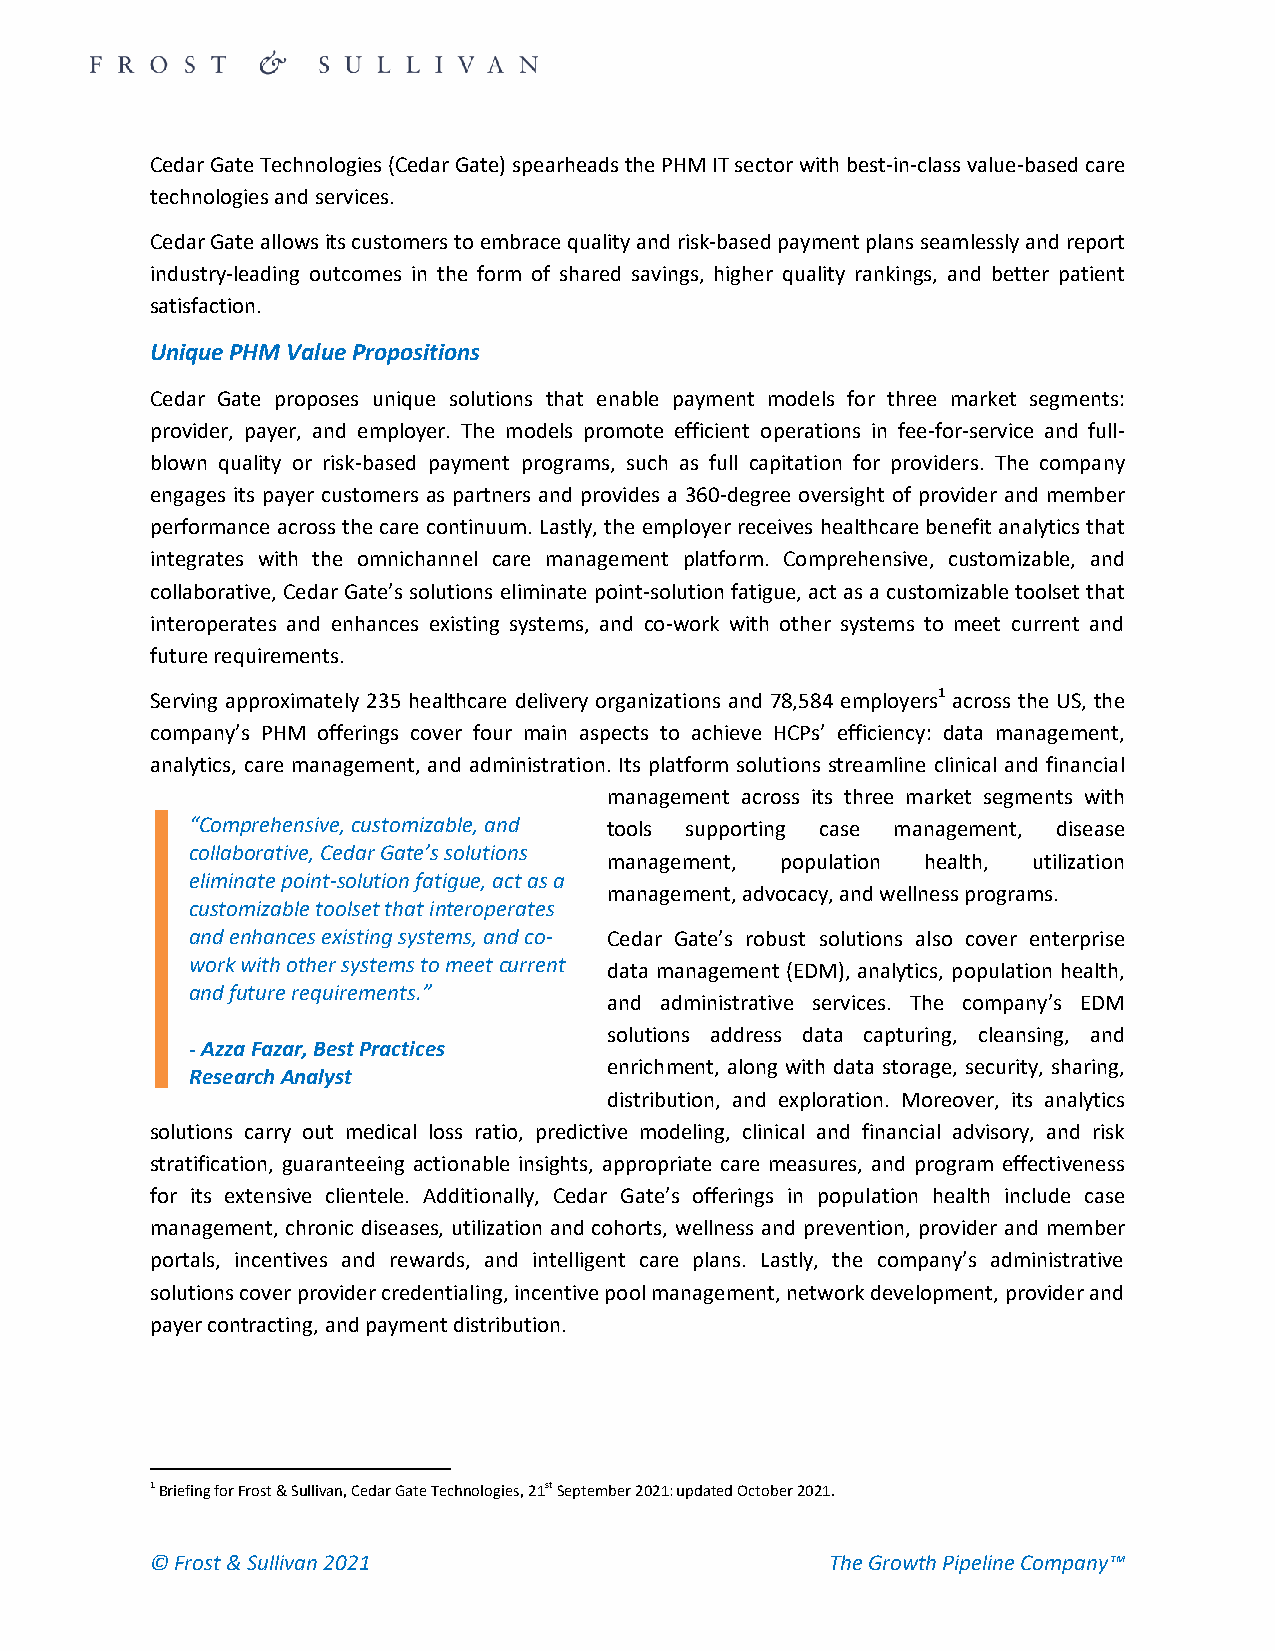
Cedar Gate Technologies (Cedar Gate) spearheads the PHM IT sector with best-in-class value-based care
 technologies and services.
 Cedar Gate allows its customers to embrace quality and risk-based payment plans seamlessly and report
 industry-leading outcomes in the form of shared savings, higher quality rankings, and better patient
 satisfaction.
 Unique PHM Value Propositions
 Cedar Gate proposes unique solutions that enable payment models for three market segments:
 provider, payer, and employer. The models promote efficient operations in fee-for-service and full-
 blown quality or risk-based payment programs, such as full capitation for providers. The company
 engages its payer customers as partners and provides a 360-degree oversight of provider and member
 performance across the care continuum. Lastly, the employer receives healthcare benefit analytics that
 integrates with the omnichannel care management platform. Comprehensive, customizable, and
 collaborative, Cedar Gate’s solutions eliminate point-solution fatigue, act as a customizable toolset that
 interoperates and enhances existing systems, and co-work with other systems to meet current and
 future requirements.
 Serving approximately 235 healthcare delivery organizations and 78,584 employers1 across the US, the
 company’s PHM offerings cover four main aspects to achieve HCPs’ efficiency: data management,
 analytics, care management, and administration. Its platform solutions streamline clinical and financial
 management across its three market segments with
 “Comprehensive, customizable, and tools supporting case management, disease
 collaborative, Cedar Gate’s solutions
 management, population health, utilization
 eliminate point-solution fatigue, act as a
 management, advocacy, and wellness programs.
 customizable toolset that interoperates
 and enhances existing systems, and co- Cedar Gate’s robust solutions also cover enterprise
 work with other systems to meet current data management (EDM), analytics, population health,
 and future requirements.”
 and administrative services. The company’s EDM
 solutions address data capturing, cleansing, and
 - Azza Fazar, Best Practices
 enrichment, along with data storage, security, sharing,
 Research Analyst
 distribution, and exploration. Moreover, its analytics
 solutions carry out medical loss ratio, predictive modeling, clinical and financial advisory, and risk
 stratification, guaranteeing actionable insights, appropriate care measures, and program effectiveness
 for its extensive clientele. Additionally, Cedar Gate’s offerings in population health include case
 management, chronic diseases, utilization and cohorts, wellness and prevention, provider and member
 portals, incentives and rewards, and intelligent care plans. Lastly, the company’s administrative
 solutions cover provider credentialing, incentive pool management, network development, provider and
 payer contracting, and payment distribution.
 1 Briefing for Frost & Sullivan, Cedar Gate Technologies, 21st September 2021: updated October 2021.
 © Frost & Sullivan 2021                      The Growth Pipeline Company™